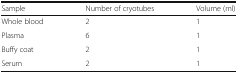
<table><thead><tr><td><b>Sample</b></td><td><b>Number of cryotubes</b></td><td><b>Volume (ml)</b></td></tr></thead><tbody><tr><td>Whole blood</td><td>2</td><td>1</td></tr><tr><td>Plasma</td><td>6</td><td>1</td></tr><tr><td>Buffy coat</td><td>2</td><td>1</td></tr><tr><td>Serum</td><td>2</td><td>1</td></tr></tbody></table>